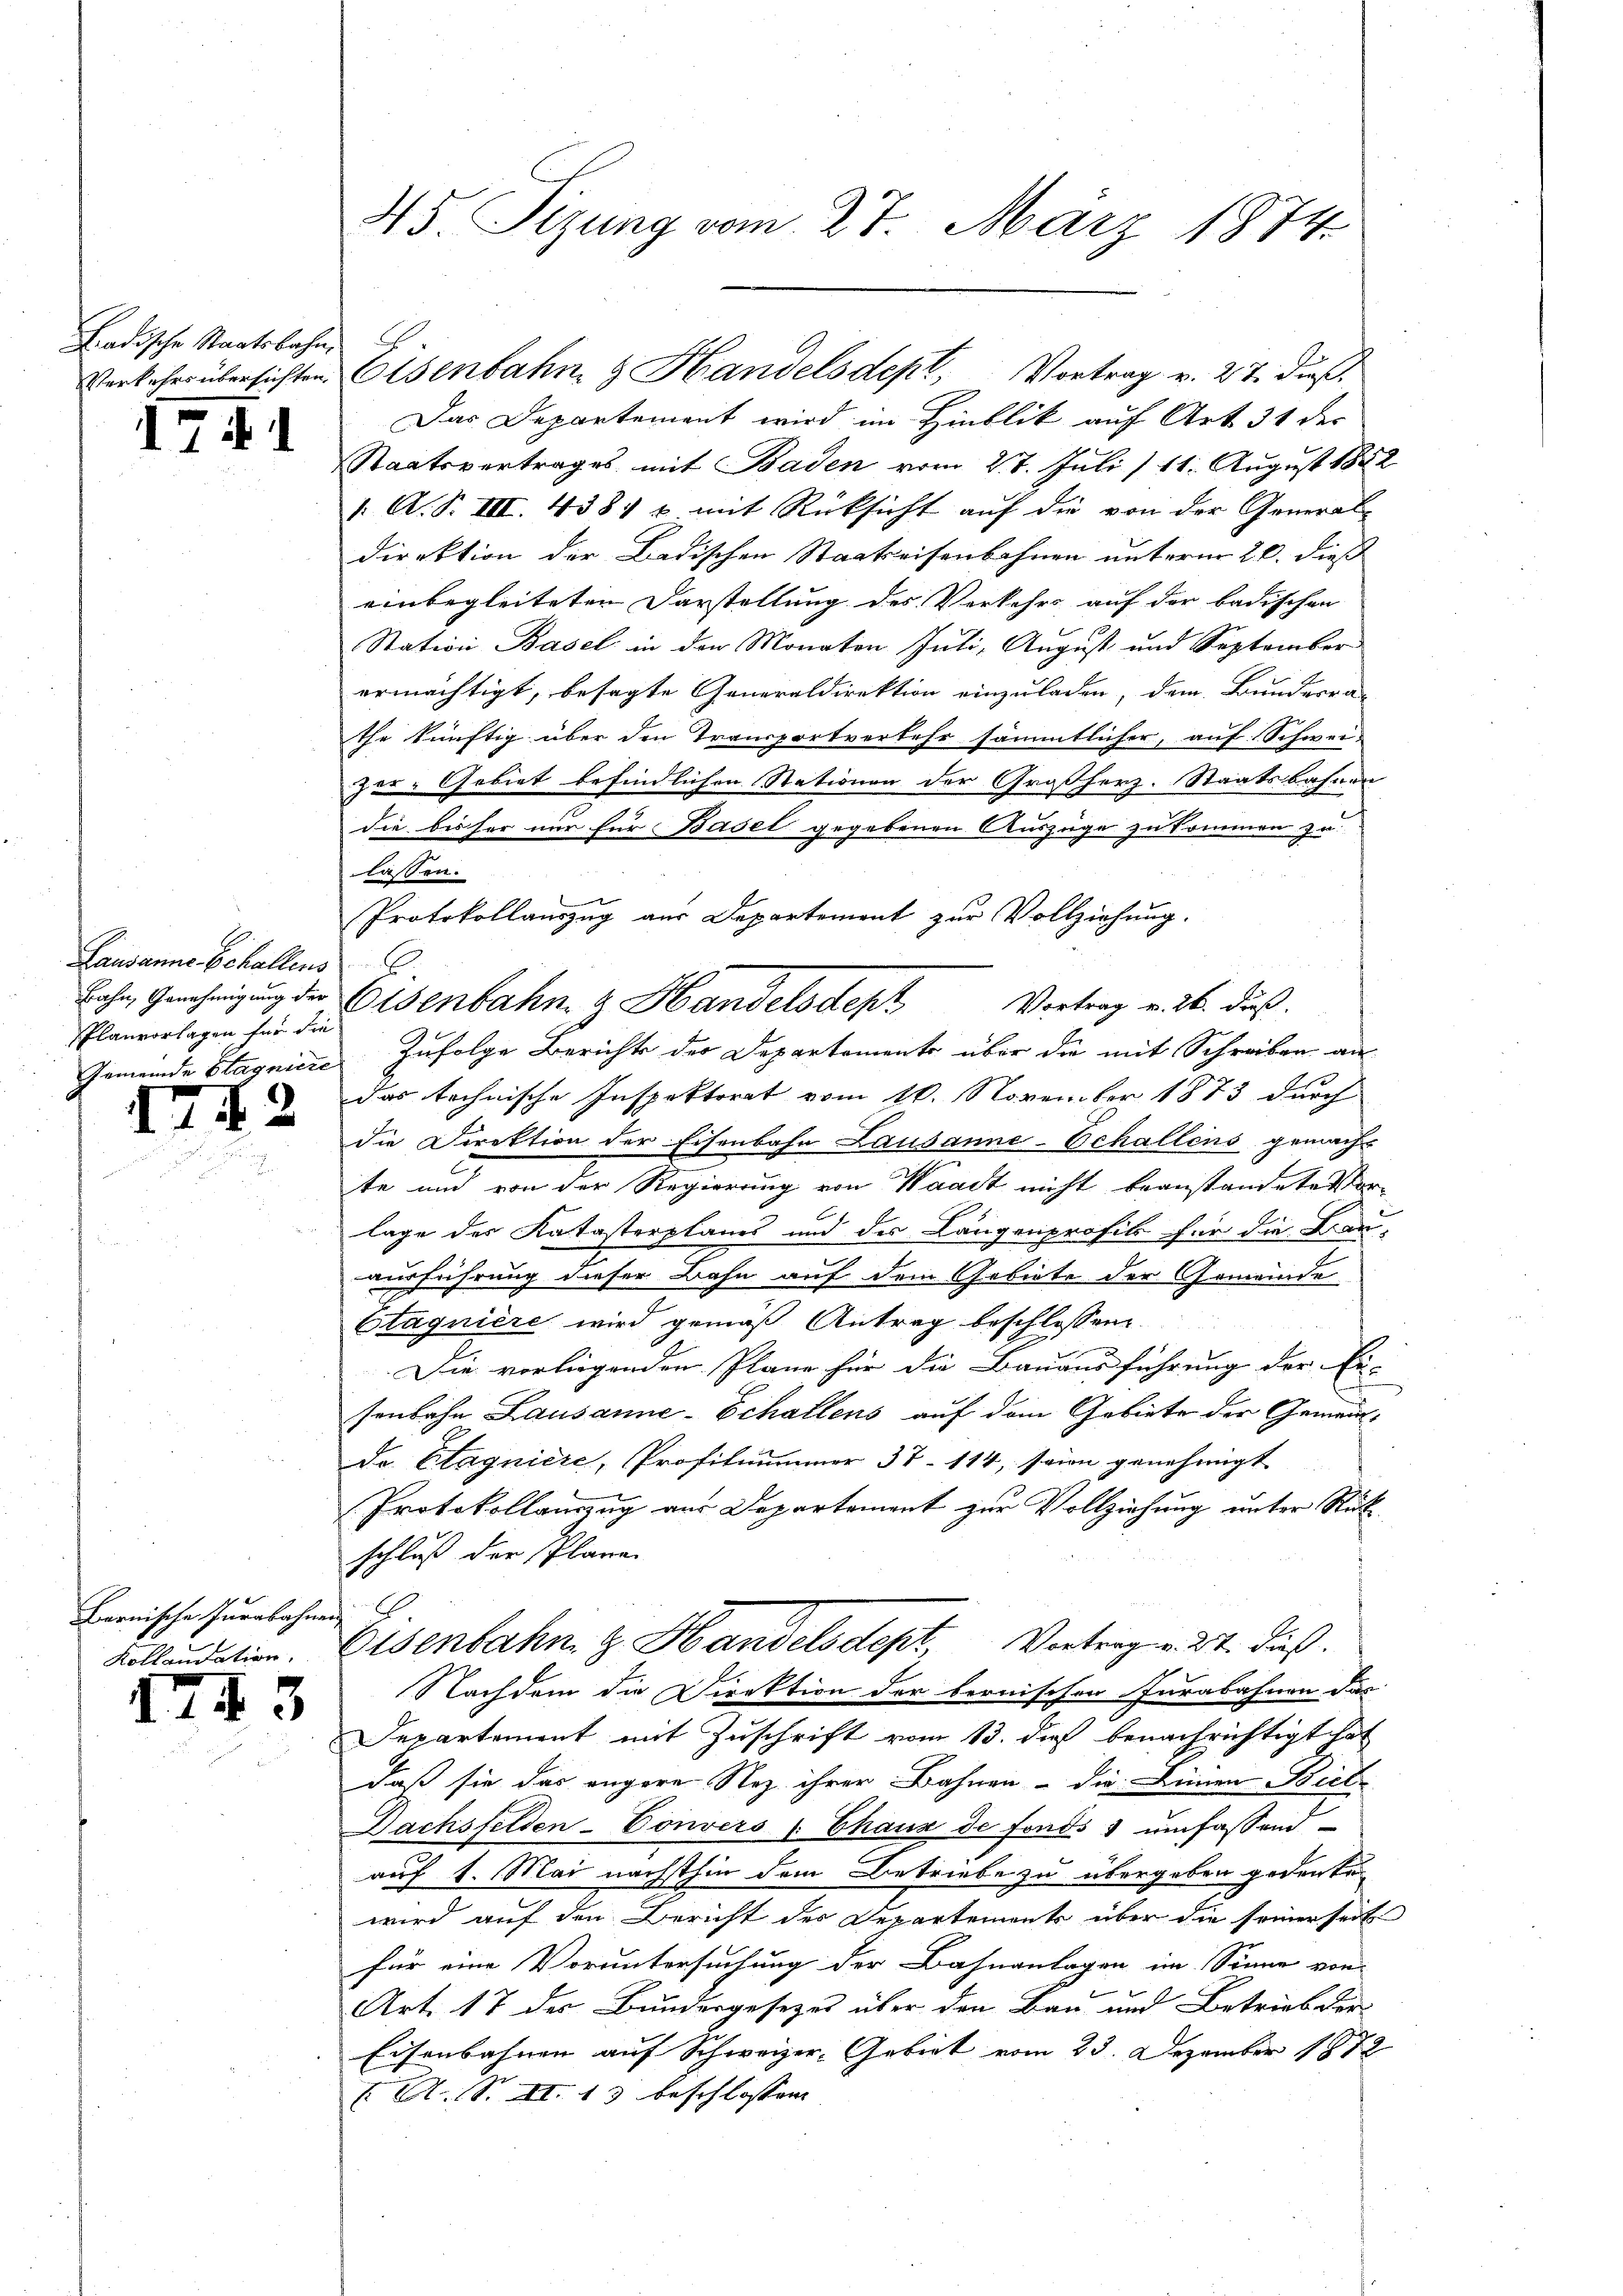
adische Staatsbahn,

17 f. 1

Lausanne Echallens
Bahn, Genehmigung der
Planvorlagen für die
Gemeinde Stagniere

¬

2

Barnische Jurabahnen
Kollaudation.

I443

45 Sizung vom 27. März 1874.

Das Departement wird im Hinblik auf Art 31 der
Staatsvertrages mit Baden vom 27. Juli / 11. August 1882
 A. B. III. 438) u. mit Rücksicht auf die von der General-
direktion der Badischen Staatseisenbahnen unterm 20. dieß
einbegleiteten Darstellung des Verkehrs auf der badischen
Station Basel in den Monaten Juli, August und September
ermächtigt, besagte Generaldirektion einzuladen, dem Bunderra
the künftig über den Transportverkehr sämmtlicher, auf Schweizer- Gebiet befindlichen Stationen der Großherz. Staatsbahnen
die bisher nur für Basel gegebenen Auszüge zu kommen zu
Zufolge Berichts des Departements über die mit Schreiben an
das technische Inspektorat vom 16. November 1873 durch
die Direktion der Eisenbahn Lausanne-Echallens gemacht
te und von der Regierung von Waadt nicht beanstandete Vorlage des Katasterplanes und des Längenprofil für die Bau-
ausführung dieser Bahn auf dem Gebiete der Gemeinde
Stagniere wird gemäß Antrag beschlossen
u
Die vorliegenden Pläne für die Bauausführung der Er-
senbahn Lausanne-Echallens auf dem Gebiete der Gemein¬
Dr Etagniere, Profitnummer 37-114, seien genehmigt
Protokollanzug aus Departement zur Vollziehung unter Rückschluß der Plane
2
Eisenbahn z. Handelsdept, Vertrag v. 27. dieß.
Nachdem die Direktion der bernischen Furabahnen das
Departement mit Zuschrift vom 13. daß benachrichtigt hat
daß sie das angere Nez ihrer Bahnen - die Linien Biele
Dachsfelden-Convers Chaux de fonds umfassend
auf 1. Mai nächsthin dem Betriebe zu übergeben gedenken
wird auf den Bericht des Departements über die seinerseit
für eine Voruntersuchung der Bahnanlagen im Sinne von
Art. 17 der Bundergesetzes über den Bau und Betrieb der
Eisenbahnen auf Schweizer-Gebiet vom 23. Dezember 1872
A. S. II. 13 beschlossen |

Verkehrs übersichten Eisenbahn & Handelsdept, Vortrag v. 27. dieß,

lassen.
Protokollauszug aus Departement zur Vollziehung.
6
Eisenbahn & Handelsdept Vortrag v. 26. daß